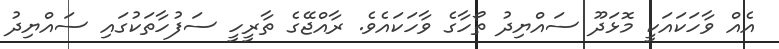
އެއް ވާހަކައަކީ މޮޅަދޫ ސައްޔިދު ތޯހާގެ ވާހަކައެވެ. ރާއްޖޭގެ ތާރީހީ ސަފުހާތަކުގައި ސައްޔިދު